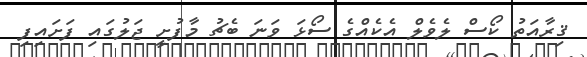
ޤިރާއަތު ކޯސް ލެވެލް އެކެއްގެ ސޯޅަ ވަނަ ބެޗު މާފުށީ ޖަލުގައި ފަށައިފި